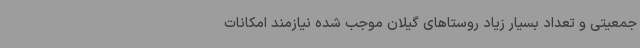
جمعیتی و تعداد بسیار زیاد روستاهای گیلان موجب شده نیازمند امکانات